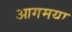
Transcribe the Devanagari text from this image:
आगमया